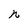
Character: n